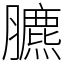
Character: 臕